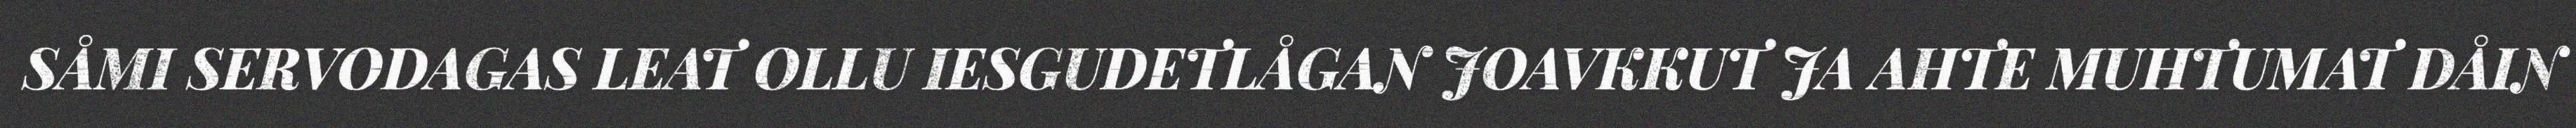
SÅMI SERVODAGAS LEAT OLLU IESGUDETLÅGAN JOAVKKUT JA AHTE MUHTUMAT DÅIN